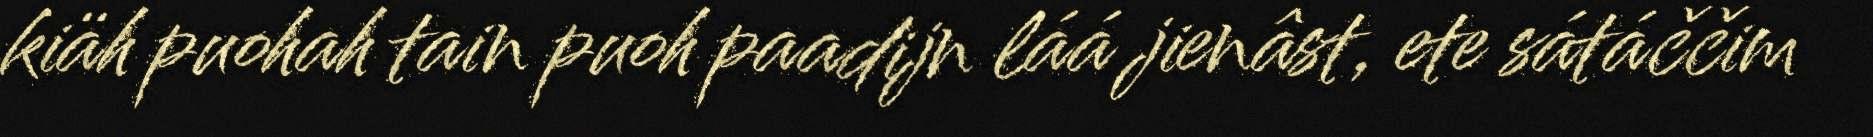
kiäh puohah tain puoh paadijn láá jienâst, ete sátáččim